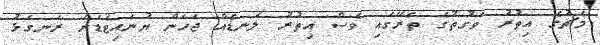
މެޗުގެ އިތުރު ވަގުތުގެ ތެރޭގައި ވެސް އިތުރު ލަނޑެއް ޖަހަން ޔުނައިޓެޑަށް ރަނގަޅު